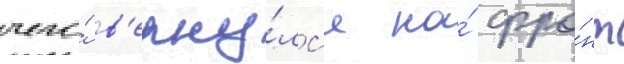
чего́ в'ерну́лс'я на́ фро́нт